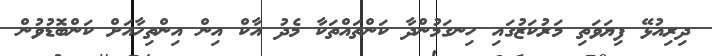
ދިރިއުޅޭ ފިޔަވަތި މަރުކަޒުގައި ހިނގަމުންދާ ކަންތައްތަކާ މެދު އާކް އިން އިންތިހާއަށް ކަންބޮޑުވުން